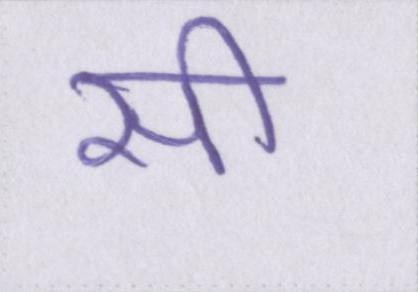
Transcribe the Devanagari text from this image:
सी